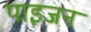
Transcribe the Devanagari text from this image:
पाइजन